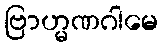
ဗြာဟ္မဏဂါမေ